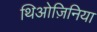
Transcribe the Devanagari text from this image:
थिओज़िनिया